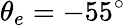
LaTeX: \theta_{e}=-55^{\circ}